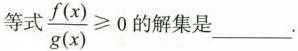
等式 $$\frac{f(x)}{g(x)} \geq 0$$ 的解集是___.